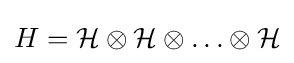
H={\mathcal {H}}\otimes {\mathcal {H}}\otimes \ldots \otimes {\mathcal {H}}